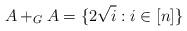
LaTeX: \begin{align*}A+_G A= \{2 \sqrt i : i \in [n]\}\end{align*}